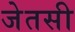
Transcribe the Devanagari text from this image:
जेतसी